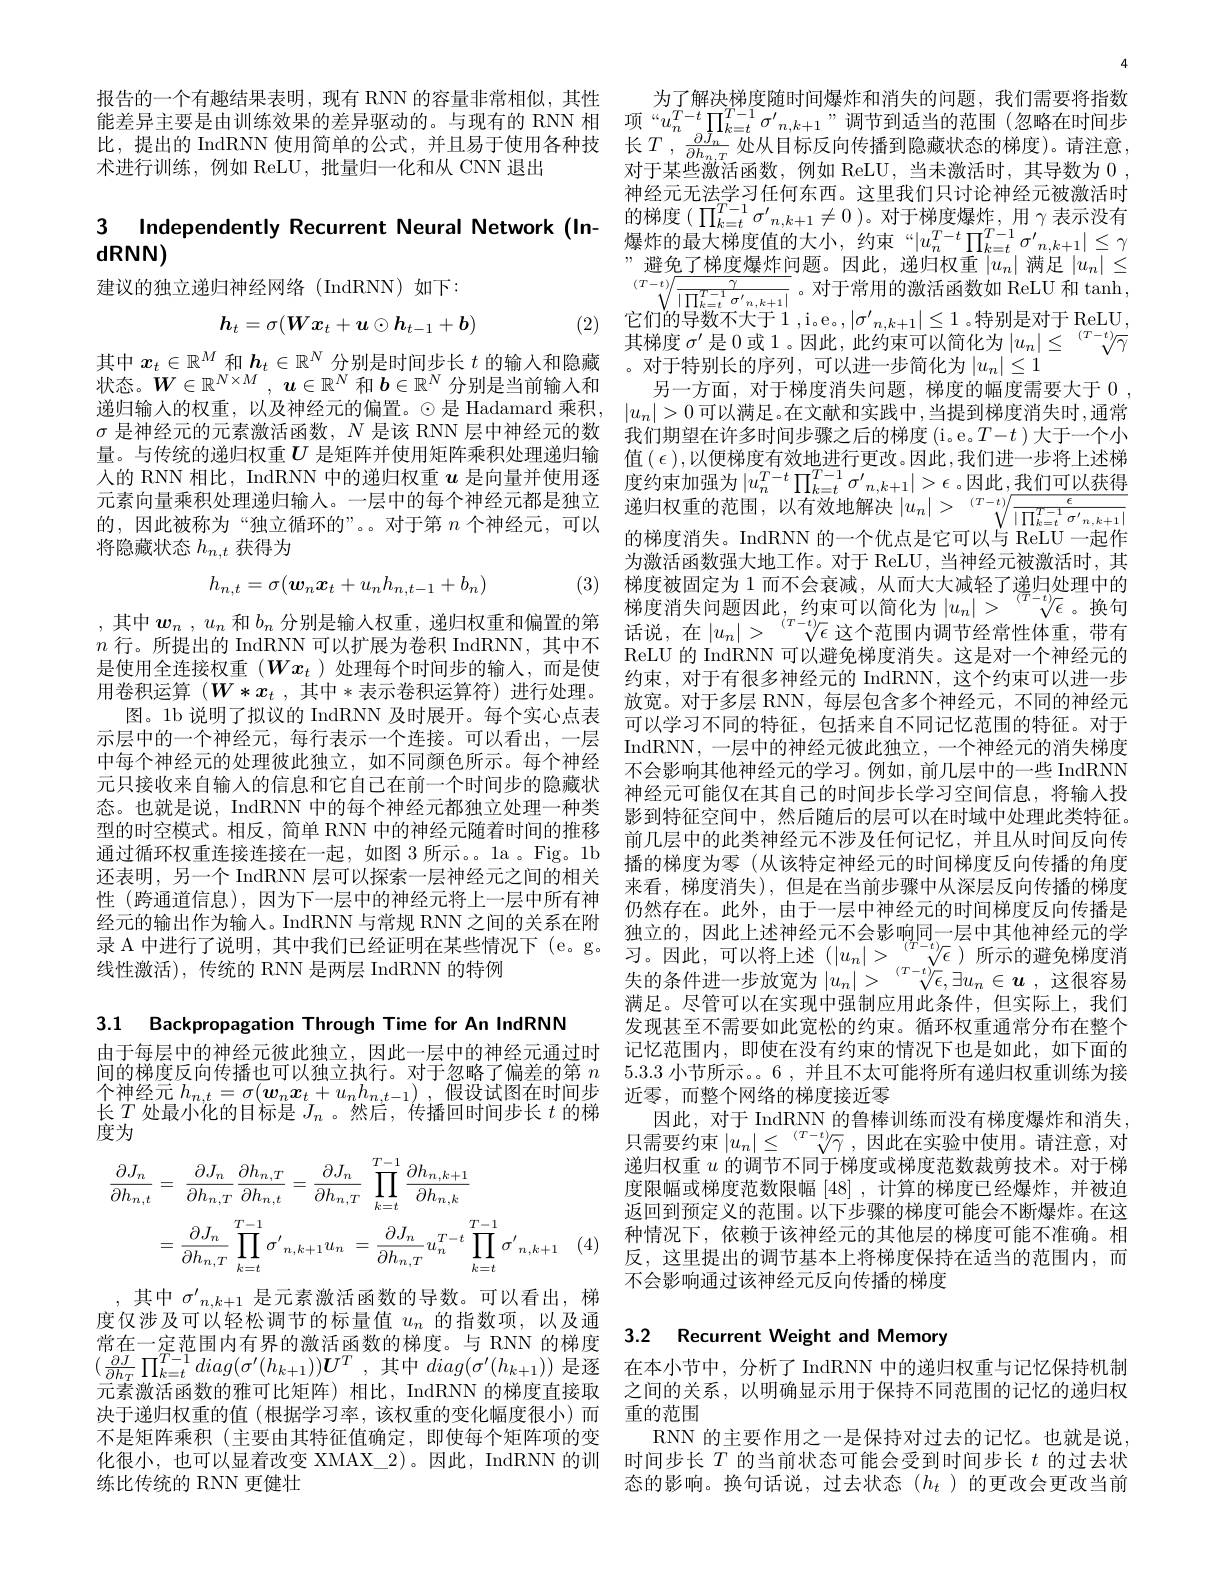
报告的一个有趣结果表明，现有 RNN 的容量非常相似，其性
能 差 异 主 要 是 由 训 练 效 果 的 差 异 驱 动 的 。与 现 有 的 RNN 相 项 “ $u_{n}^{T- t}\prod _{k= t}^{T- 1}\sigma ^{\prime }{n, k+ 1}$” 调 节 到 适 当 的 范 围 ( 忽 略 在 时 间 步 比 , 提 出 的 IndRNN 使 用 简 单 的 公 式 , 并 且 易 于 使 用 各 种 技 长 $T, \frac {\partial J_{n}}{\partial h_{n, T}}$处 从 目 标 反 向 传 播 到 隐 藏 状 态 的 梯 度 ) 。请 注 意 , 术 证 结 训 练 细 如 PoLU 批 导 口 , 化 和 以 CNN 消 曲 长 $T, \frac {\partial J_{n}}{\partial h_{n, T}}$处 从 目 标 反 向 传 播 到 隐 藏 状 态 的 梯 度 ) 。请 注 意 ,
术进行训练，例如 ReLU, 批量归一化和从 CNN 退出

# $\begin{array}{cc}3&\text{Independently Recurrent Neural Network(In- }&\text{的树度}(\prod_{k=t}^{i}\sigma_{n,k+1}\neq0)\text{。对于梯度爆炸，用 }\gamma\text{表示没有}\\&\text{爆炸的最大梯度值的大小，约束}|u_n^{T-t}\prod_{k=t}^{T-1}\sigma_{n,k+1}^{\prime}|\leq\gamma\\&\text{””路乙ۈ疳屦忤问酯 田此 消巾扣重}|\text{ 进日}||\leq\gamma\end{array}$ $dRNN)$

建议的独立递归神经网络(IndRNN)如下：
$$h_t=\sigma(\boldsymbol{W}\boldsymbol{x}_t+\boldsymbol{u}\odot\boldsymbol{h}_{t-1}+\boldsymbol{b})$$
(2)

其中$x_t\in\mathbb{R}^M$和$\boldsymbol h_t\in\mathbb{R}^N$分别是时间步长$t$的输入和隐藏 。对于特别长的序列，可以进一步简化为$|u_n|\leq1$
状态。$W\in\mathbb{R}^{N\times M},\boldsymbol{u}\in\mathbb{R}^N$和$b\in\mathbb{R}^N$分别是当前输人和
递归输人的权重，以及神经元的偏置。$\odot$是 Hadamard 乘积，$|u_n|>0$ 可以满足。在文献和实践中，当提到梯度消失时，通常
$\sigma$是神经元的元素激活函数，$N$是该 RNN 层中神经元的数量。与传统的递归权重$U$ 是矩阵并使用矩阵乘积处理递归输人的 RNN 相比，IndRNN 中的递归权重 $u$ 是向量并使用逐 度约束加强为$|u_n^T-t\prod_{k=t}^{T-1}\sigma_{n,k+1}^{\prime}|>\epsilon$。因此，我们可以获得$\text{元素向量乘积处理递归输入。一层中的每个神经元都是独立} \text{递归权重的范围，以有效地解决 }|u_n|>\sqrt[(T-t)/\frac\epsilon{|\prod_{k=t}^{T-1}\sigma^{\prime}n,k+1|}]$ 的 , 因 此 被 称 为 “ 独 立 循 环 的 ” 。。对 于 第 $n$ 个 神 经 元 , 可 以的 ,因此被称为“独立循环的”。。对于第$n$个神经元，可以
将隐藏状态$h_{n,t}$获得为
$$h_{n,t}=\sigma(\boldsymbol{w}_n\boldsymbol{x}_t+u_nh_{n,t-1}+b_n)$$
(3)

,其中$\boldsymbol{w}_n$ , $u_n$和$b_n$分别是输入权重，递归权重和偏置的第是使用全连接权重$(Wx_t$ )处理每个时间步的输入，而是使用卷积运算 $( W* x_t$ , 其中*表示卷积运算符)进行处理。示层中的一个神经元，每行表示一个连接。可以看出，一层中每个神经元的处理彼此独立，如不同颜色所示。每个神经元只接收来自输入的信息和它自己在前一个时间步的隐藏状态。也就是说，IndRNN 中的每个神经元都独立处理一种类型的时空模式。相反，简单 RNN 中的神经元随着时间的推移通过循环权重连接连接在一起，如图 3 所示。。la 。Fig。1b 还表明，另一个 IndRNN 层可以探索一层神经元之间的相关经元的输出作为输入。IndRNN 与常规 RNN 之间的关系在附

3.1 Backpropagation Through Time for An IndRNN

由于每层中的神经元彼此独立，因此一层中的神经元通过时间的梯度反向传播也可以独立执行。对于忽略了偏差的第$n$ 长$T$处最小化的目标是$J_n$ 。然后，传播回时间步长$t$的梯度为
$$\begin{aligned}\frac{\partial J_{n}}{\partial h_{n,t}}&=\:\frac{\partial J_{n}}{\partial h_{n,T}}\frac{\partial h_{n,T}}{\partial h_{n,t}}=\frac{\partial J_{n}}{\partial h_{n,T}}\:\prod_{k=t}^{T-1}\frac{\partial h_{n,k+1}}{\partial h_{n,k}}\\&=\frac{\partial J_{n}}{\partial h_{n,T}}\prod_{k=t}^{T-1}\sigma^{'}{}_{n,k+1}u_{n}\:=\frac{\partial J_{n}}{\partial h_{n,T}}u_{n}^{T-t}\prod_{k=t}^{T-1}\sigma^{'}{}_{n,k+1}\end{aligned}$$
,其中$\sigma_n,k+1$ 是元素激活函数的导数。可以看出，梯度仅涉及可以轻松调节的标量值$u_n$的指数项，以及通$(\frac{\partial J}{\partial h_T}\prod_{k=t}^{T-1}diag(\sigma^{\prime}(h_{k+1}))\boldsymbol{U}^T$,其中$diag(\sigma^{\prime}(h_{k+1}))$是逐 在本小节中，分析了IndRNN 中的递归权重与记忆保持机制元素激活函数的雅可比矩阵)相比，IndRNN 的梯度直接取 之间的关系，以明确显示用于保持不同范围的记忆的递归权决于递归权重的值(根据学习率，该权重的变化幅度很小)而不是矩阵乘积(主要由其特征值确定，即使每个矩阵项的变化很小，也可以显着改变 XMAX\_2)。因此，IndRNN 的训 时间步长$T$的当前状态可能会受到时间步长$t$的过去状
练比传统的 RNN 更健壮

4
为了解决梯度随时间爆炸和消失的问题，我们需要将指数对于某些激活函数，例如 ReLU,当未激活时，其导数为0 , 神经元无法学习任何东西。这里我们只讨论神经元被激活时的梯度($\prod_k=t^{T-1}\sigma^{\prime}_{n,k+1}\neq0$)。对于梯度爆炸，用$\gamma$表示没有$\begin{aligned}\text{””避免了梯度爆炸问题。因此，递归权重}\left|u_{n}\right|\text{ 满足}\left|u_{n}\right|\leq\\\sqrt[{(T-t)}]{\frac{\gamma}{|\prod_{k=t}^{T-1}\sigma^{\prime}n,k+1|}}\mathrm{。对于常用的激活函数如~ReLU~和~tanh,}\\\text{广}f(x)=f(x)=f(x)=f(x)\\f(x)=f(x)=f(x)=f(x)=f(x)=f(x)=f(x)=f(x)=f(x)\\f(x)=f(x)=f(x)=f(x)=f(x)=f(x)=f(x)=f(x)=f(x)=f(x)=f(x)=f(x)=f(x)=f(x\end{aligned}$ 它们的导数不大于1 ,i。e。, $|\sigma_n,k+1|\leq1$ 。特别是对于 ReLU, 其梯度$\sigma^{\prime}$是 0 或 1。因此，此约束可以简化为$|u_n|\leq\sqrt[(T-t)]{\gamma}$
另一方面，对于梯度消失问题，梯度的幅度需要大于0我们期望在许多时间步骤之后的梯度(i。e。$T-t$ )大于一个小值 $(\epsilon)$,以便梯度有效地进行更改。因此，我们进一步将上述梯的梯度消失。IndRNN 的一个优点是它可以与 ReLU 一起作为激活函数强大地工作。对于 ReLU,当神经元被激活时，其梯度被固定为 1 而不会衰减，从而大大减轻了递归处理中的梯度消失问题因此，约束可以简化为$|u_n|>\sqrt[(T-t)]{\epsilon}$。换句话说，在$|u_n|>\sqrt[(T-t)]{\epsilon}$这个范围内调节经常性体重，带有
$\begin{aligned}&n\text{ 行。所提出的 IndRNN 可以扩展为卷积 IndRNN, 其中不}&\text{ 旧忧，在 }|u_n|<&\mathrm{Ve}\text{ 区}|\text{犯回内则可结币庄体里，市有}\\&\text{早值用金海控切垂 }(\boldsymbol{W}\boldsymbol{x})\text{ 处和后 企时间 非的检 }\lambda\text{ 而目估}&\text{ ReLU 的 }\mathrm{IndRNN~可以避免梯度消失。这是对一个神经元的}\end{aligned}$
约束，对于有很多神经元的 IndRNN, 这个约束可以进一步放宽。对于多层 RNN,每层包含多个神经元，不同的神经元
图。1b 说明了拟议的 IndRNN 及时展开。每个实心点表 可以学习不同的特征，包括来自不同记忆范围的特征。对于
IndRNN, 一层中的神经元彼此独立，一个神经元的消失梯度不会影响其他神经元的学习。例如，前几层中的一些 IndRNN 神经元可能仅在其自己的时间步长学习空间信息，将输入投影到特征空间中，然后随后的层可以在时域中处理此类特征。前几层中的此类神经元不涉及任何记忆，并且从时间反向传播的梯度为零 (从该特定神经元的时间梯度反向传播的角度来看，梯度消失),但是在当前步骤中从深层反向传播的梯度
性 (跨通道信息),因为下一层中的神经元将上一层中所有神 仍然存在。此外，由于一层中神经元的时间梯度反向传播是
满足。尽管可以在实现中强制应用此条件，但实际上，我们发现甚至不需要如此宽松的约束。循环权重通常分布在整个记忆范围内，即使在没有约束的情况下也是如此，如下面的5.3.3小节所示。。6 , 并且不太可能将所有递归权重训练为接
个神经元$h_{n, t}= \sigma ( \boldsymbol{w}_n\boldsymbol{x}_t+ u_nh_{n, t- 1})$ ,假设试图在时间步 近零，而整个网络的梯度接近零
因此，对于 IndRNN 的鲁棒训练而没有梯度爆炸和消失， 只需要约束$\left|u_n\right|\leq\sqrt[(T-t)]{\gamma}$,因此在实验中使用。请注意，对递归权重$u$的调节不同于梯度或梯度范数裁剪技术。对于梯度限幅或梯度范数限幅[48] ,计算的梯度已经爆炸，并被迫返回到预定义的范围。以下步骤的梯度可能会不断爆炸。在这种情况下，依赖于该神经元的其他层的梯度可能不准确。相反，这里提出的调节基本上将梯度保持在适当的范围内，而不会影响通过该神经元反向传播的梯度

# 常在一定范围内有界的激活函数的梯度。与 RNN 的梯度 3.2 Recurrent Weight and Memory

重的范围
RNN 的主要作用之一是保持对过去的记忆。也就是说， 态的影响。换句话说，过去状态($h_t$ )的更改会更改当前